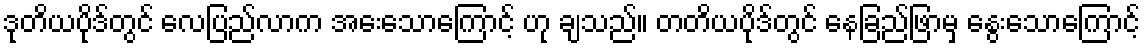
ဒုတိယပိုဒ်တွင် လေပြည်လာက အေးသောကြောင့် ဟု ချသည်။ တတိယပိုဒ်တွင် နေခြည်ဖြာမှ နွေးသောကြောင့်